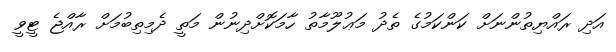
އަދި ރައްޔިތުންނަށް ކަންކަމުގެ ތެދު މަޢުލޫމާތު ހާމަކޮށްދިނުން މަތީ ދެމިތިބުމަށް ރާއްޖެ ޓީވީ